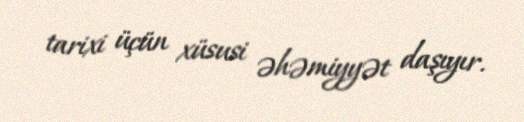
tarixi üçün xüsusi əhəmiyyət daşıyır.